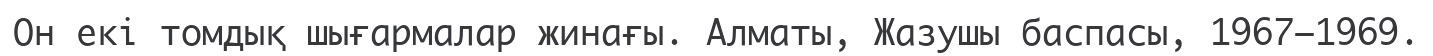
Он екі томдық шығармалар жинағы. Алматы, Жазушы баспасы, 1967–1969.